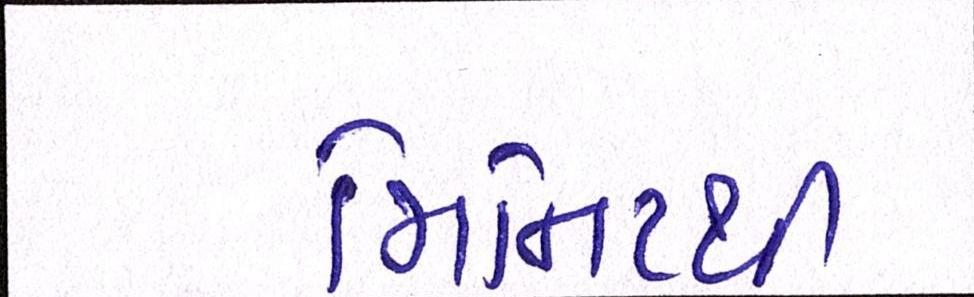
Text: મિનિટથી